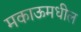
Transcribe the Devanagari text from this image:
मकाऊमधील